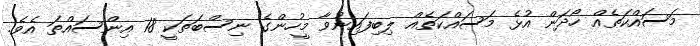
މަސައްކަތެއް ހޯދަން އުޅެ މަސައްކަތެއް ލިބިފައިނުވާ މީހުންގެ ނިސްބަތަކީ 18 އިންސައްތަ އެވެ.